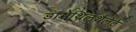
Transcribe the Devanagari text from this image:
डामेथिलथैलेट